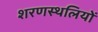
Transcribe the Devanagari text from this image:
शरणस्थलियों